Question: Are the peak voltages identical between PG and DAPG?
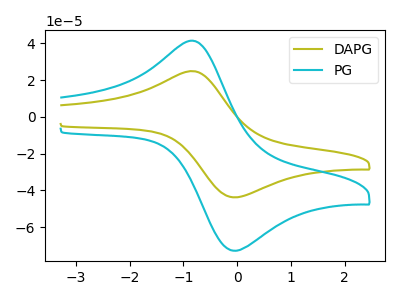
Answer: <think>The olive curve "DAPG" has an anodic peak at (-0.75V, 24.65uA) and a cathodic peak at (0.00V, -43.70uA). The cyan curve "PG" has an anodic peak at (-0.75V, 41.00uA) and a cathodic peak at (0.00V, -72.70uA).</think>
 <answer>Yes, "PG" have a peak in "DAPG" at the same potential.</answer>
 <eval>match</eval>